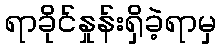
ရာခိုင်နှုန်းရှိခဲ့ရာမှ